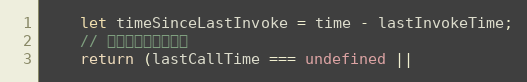
Language: JavaScript
    let timeSinceLastInvoke = time - lastInvokeTime;
    // 几种满足条件的情况
    return (lastCallTime === undefined ||